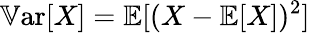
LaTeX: \mathbb{V}\textrm{ar}[X]=\mathbb{E}[(X-\mathbb{E}[X])^{2}]